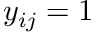
y _ { i j } = 1